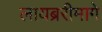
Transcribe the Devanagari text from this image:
लायब्ररीमागे